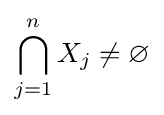
\bigcap _{j=1}^{n}X_{j}\neq \varnothing